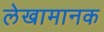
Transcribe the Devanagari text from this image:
लेखामानक